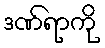
ဒဏ်ရာကို